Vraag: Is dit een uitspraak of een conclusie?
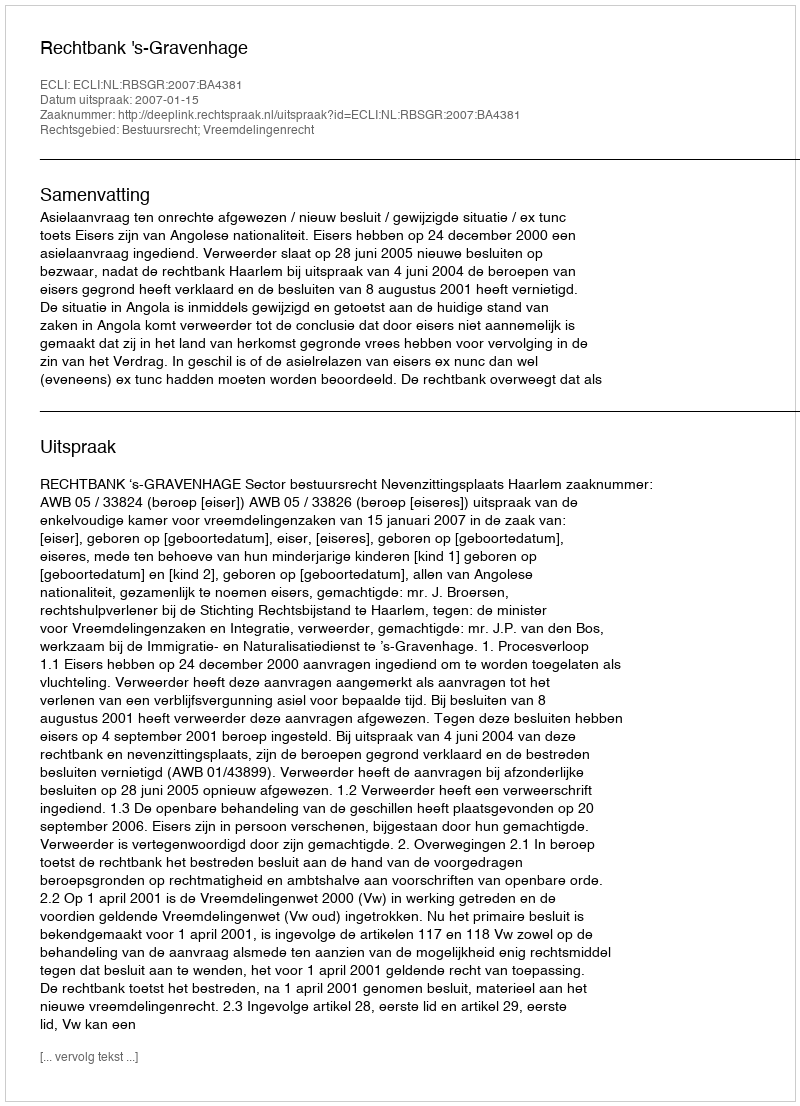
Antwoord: Uitspraak